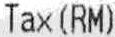
TAX(RM)